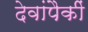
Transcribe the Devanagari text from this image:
देवांपैकीं